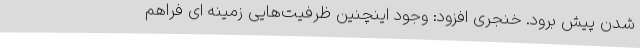
شدن پیش برود. خنجری افزود: وجود اینچنین ظرفیت‌هایی زمینه ای فراهم